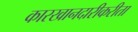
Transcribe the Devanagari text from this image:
कारखानदारीकरीता